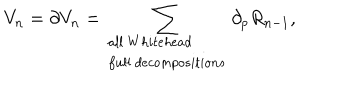
LaTeX: V _ { n } = \partial V _ { n } = \sum _ { \begin{array} { l l } { { a l l \: W h i t e h e a d } } \\ { { f u l l \: d e c o m p o s i t i o n s } } \\ \end{array} } \partial _ { p } R _ { n - 1 } ,